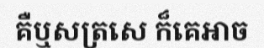
គឺឬសត្រសេ ក៏គេអាច